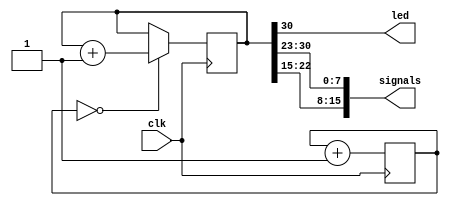
module blink(
	input wire clk,
	output wire led,
	output wire [15:0] signals
);

	reg [30:0] count;

	reg [3:0] div;

	assign led = count[30];
	
	assign signals[7] = count[30];
	assign signals[6] = count[29];
	assign signals[5] = count[28];
	assign signals[4] = count[27];
	assign signals[3] = count[26];
	assign signals[2] = count[25];
	assign signals[1] = count[24];
	assign signals[0] = count[23];

	assign signals[15] = count[22];
	assign signals[14] = count[21];
	assign signals[13] = count[20];
	assign signals[12] = count[19];
	assign signals[11] = count[18];
	assign signals[10] = count[17];
	assign signals[9] =  count[16];
	assign signals[8] =  count[15];

	always @(posedge clk) begin
		if (div == 4'b0000) begin
			count <= count + 1;
		end
		div <= div + 1;
	end


endmodule